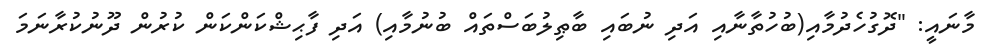
މާނައީ: "ދޮގުހެދުމާއި(ބުހުތާނާއި އަދި ނުބައި ބާޠިލުބަސްތައް ބުނުމާއި) އަދި ފާޙިޝްކަންކަން ކުރުން ދޫނުކުރާނަމަ